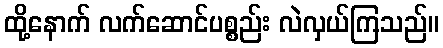
ထို့နောက် လက်ဆောင်ပစ္စည်း လဲလှယ်ကြသည်။